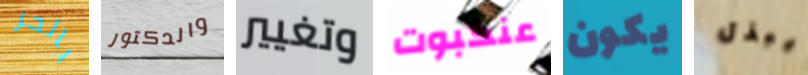
بالحر والدكتور وتغيير عنكبوت يكون يبذل